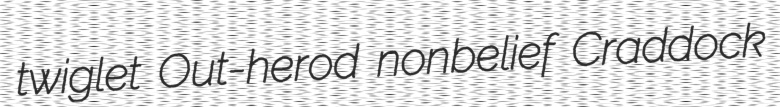
twiglet Out-herod nonbelief Craddock